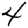
Digit: 4